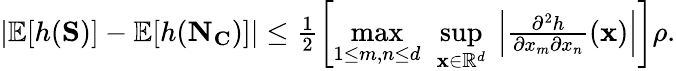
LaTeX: \begin{array}{r}{|\mathbb{E}[h(\mathbf{S})]-\mathbb{E}[h(\mathbf{N}_{\mathbf{C}})]|\leq\frac{1}{2}\left[\underset{1\leq m,n\leq d}{\operatorname*{max}}\ \underset{\mathbf{x}\in\mathbb{R}^{d}}{\operatorname*{sup}}\ \Big|\frac{\partial^{2}h}{\partial x_{m}\partial x_{n}}(\mathbf{x})\Big|\right]\rho.}\end{array}